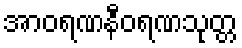
အာဝရဏနီဝရဏသုတ္တ